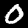
Label: 0